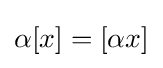
\alpha [x]=[\alpha x]